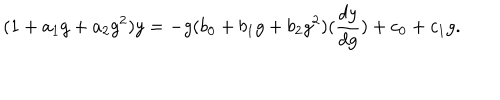
LaTeX: ( 1 + a _ { 1 } g + a _ { 2 } g ^ { 2 } ) y = - g ( b _ { 0 } + b _ { 1 } g + b _ { 2 } g ^ { 2 } ) ( \frac { d y } { d g } ) + c _ { 0 } + c _ { 1 } g .